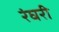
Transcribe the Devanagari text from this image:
रंघरी